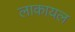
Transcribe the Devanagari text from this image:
लाकायल